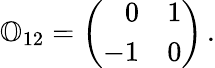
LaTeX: {\mathbb O}_{12}=\left(\begin{array}{rr}{0}&{1}\\ {-1}&{0}\end{array}\right)\, .